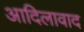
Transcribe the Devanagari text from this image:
आदिलावाद